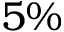
5 \%